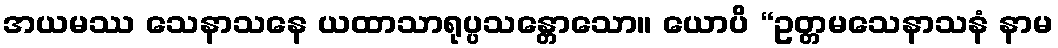
အယမဿ သေနာသနေ ယထာသာရုပ္ပသန္တောသော။ ယောပိ “ဥတ္တမသေနာသနံ နာမ